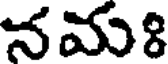
నమః